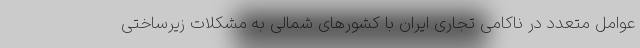
عوامل متعدد در ناکامی تجاری ایران با کشورهای شمالی به مشکلات زیرساختی